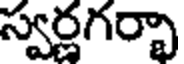
స్వర్ణగర్భా